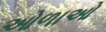
ઓળાઓ